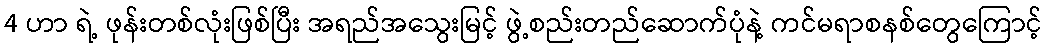
4 ဟာ ရဲ့ ဖုန်းတစ်လုံးဖြစ်ပြီး အရည်အသွေးမြင့် ဖွဲ့စည်းတည်ဆောက်ပုံနဲ့ ကင်မရာစနစ်တွေကြောင့်